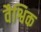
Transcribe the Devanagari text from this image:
वैश्विक